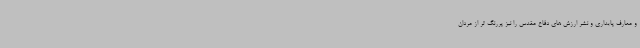
و معارف پایداری و نشر ارزش های دفاع مقدس را نیز پررنگ تر از مردان